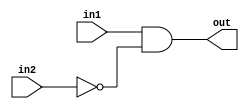
module top_module (
    input in1,
    input in2,
    output out);
    wire n1;
    not a (n1, in2);
    and b (out, in1,n1);

endmodule